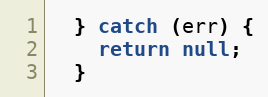
Language: JavaScript
  } catch (err) {
    return null;
  }